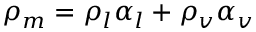
\rho _ { m } = \rho _ { l } \alpha _ { l } + \rho _ { v } \alpha _ { v }